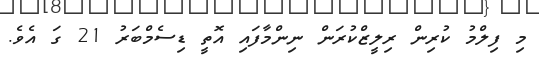
މި ފިލްމު ކުރިން ރިލީޒްކުރަން ނިންމާފައި އޮތީ ޑިސެމްބަރު 21 ގަ އެވެ.